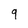
Character: 9